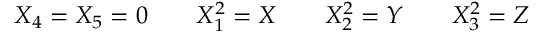
X _ { 4 } = X _ { 5 } = 0 \quad \quad X _ { 1 } ^ { 2 } = X \quad \quad X _ { 2 } ^ { 2 } = Y \quad \quad X _ { 3 } ^ { 2 } = Z